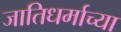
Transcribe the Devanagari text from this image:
जातिधर्माच्या